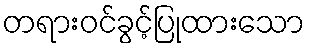
တရားဝင်ခွင့်ပြုထားသော